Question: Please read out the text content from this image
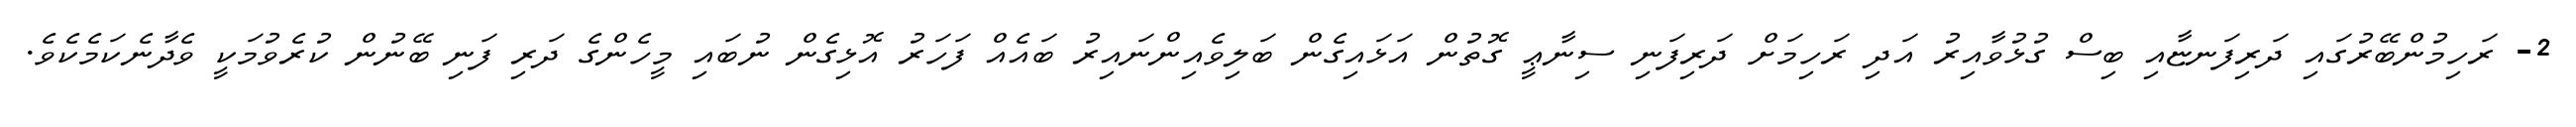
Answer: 2- ރަހިމުންބޭރުގައި ދަރިފަނޏާއި ބިސް ގުޅުވާއިރު އަދި ރަހިމަށް ދަރިފަނި ސިނާޢީ ގޮތުން އަޅައިގެން ބަލިވެއިންނައިރު ބައެއް ފަހަރު އޮޅިގެން ނުބައި މީހެންގެ ދަރި ފަނި ބޭނުން ކުރެވުމަކީ ވެދާނެކަމެކެވެ.